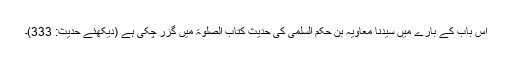
اس باب کے بارے میں سیدنا معاویہ بن حکم السلمیؓ کی حدیث کتاب الصلوٰۃ میں گزر چکی ہے (دیکھئے حدیث: 333)۔